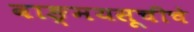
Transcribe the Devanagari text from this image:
वाङ्मयसूचीचे